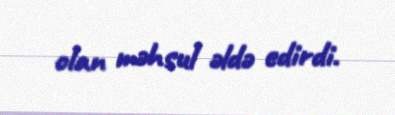
olan məhsul əldə edirdi.